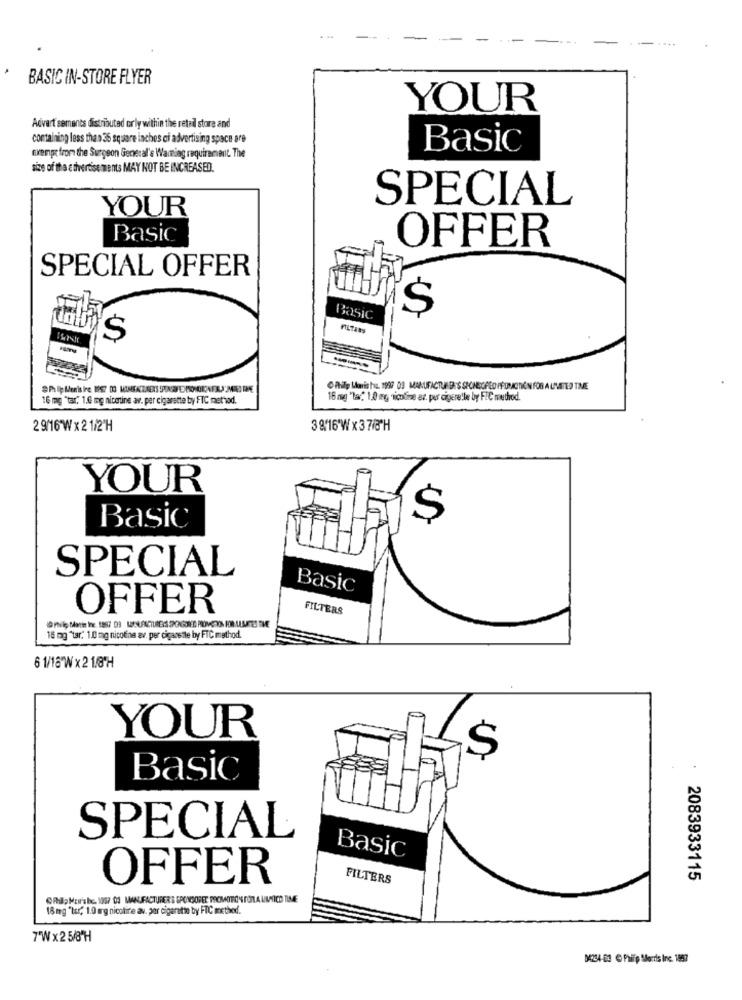
BASIC IN-STORE FLYER
YOUR
Advert sements distributed orly within the retail store and
containing less than 36 square inches of advertising space are
Basic
Exempt from the Surgeon General's Wamiag requirement. The
size of the e tivertise ments MAY NOT BE INCREASED.
SPECIAL
YOUR
Basic
OFFER
SPECIAL OFFER
$
Basic
O Philip Laris hua. 1997 03 MANUFACTURER'S SPONSORED PPOMICITIÓN FOR A UNATLO TIE
16 mg "tar" 1.0 mg nicotine av. per cigarette by FTC method.
16 mg "lar. 1.0 mg nicotine az. per cigere!le by FIC metrod.
2 9/16 W x21/2'H
3816 Wx378H
YOUR
$
Basic
SPECIAL
Basic
OFFER
FILTERS
15 mg "tar. 1.0 mg nicotina av. per cigansite by FTC method.
6 1/16"Wx21.8H
YOUR
$
Basic
SPECIAL
Basic
OFFER
FILTERS
2083933115
Ofhap Mir'sbe, 1997 01 MANUFACTURER'S SPONSORET PROMOTIONS FOR A LIMICD TIME
18 mg "tur, 1.0 arg nicotine av. por cigaratto by FTC method.
7"Wx25/8"H
04234-03 @ Phifp Serris Inc. 1867